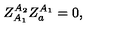
Z _ { A _ { 1 } } ^ { A _ { 2 } } Z _ { a } ^ { A _ { 1 } } = 0 ,